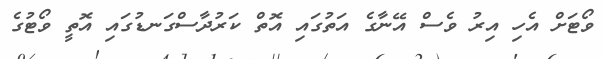
ވޯޓަށް އެހި އިރު ވެސް އޭނާގެ އަތުގައި އޮތް ކަރުދާސްގަނޑުގައި އޮތީ ވޯޓުގެ